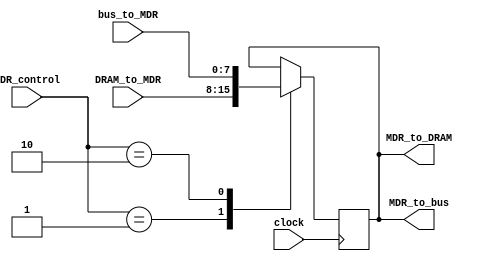
module MDR(input [7:0] DRAM_to_MDR,
		   input [7:0] bus_to_MDR,
		   input clock,
	       input [1:0] MDR_control,
		   output [7:0] MDR_to_bus,
		   output [7:0] MDR_to_DRAM);

reg [7:0] MDR;
assign MDR_to_bus = MDR;
assign MDR_to_DRAM = MDR;
			  
always@(posedge clock)
begin
	case(MDR_control)
	2'b00:
		begin
		MDR <= MDR;
		end
	2'b01:
		begin
		MDR <= DRAM_to_MDR;
		end
	2'b10:
		begin
		MDR <= bus_to_MDR;
		end
	default:
		begin
		MDR <= MDR;
		end
	endcase
end

endmodule